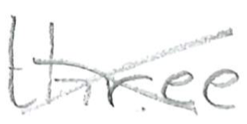
Text: three
Cross-out: cross
Writing tool: pencil